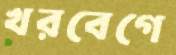
খরবেগে